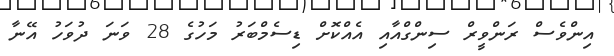
އިންވެސް ރަންވީރް ސިންގްއާއި އެއްކޮށް ޑިސެމްބަރު މަހުގެ 28 ވަނަ ދުވަހު އޭނާ